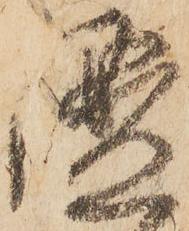
謐